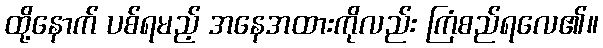
ထို့နောက် ပစ်ရမည့် အနေအထားကိုလည်း ကြံစည်ရလေ၏။